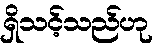
ရှိသင့်သည်ဟု